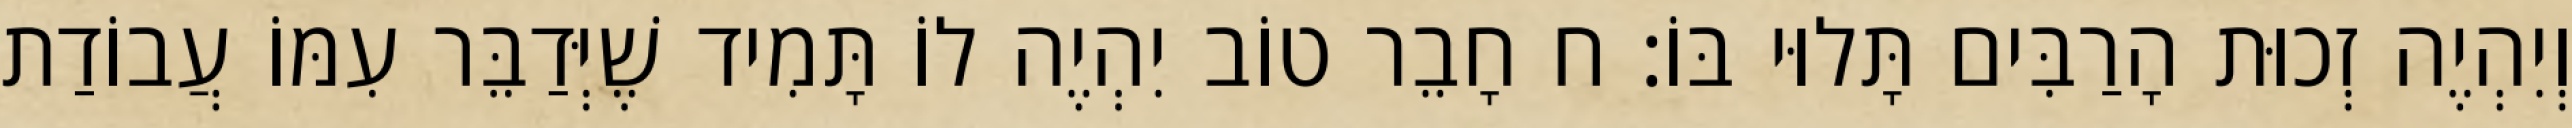
וְיִהְיֶה זְכוּת הָרַבִּים תָּלוּי בּוֹ: ח חָבֵר טוֹב יִהְיֶה לוֹ תָּמִיד שֶׁיְּדַבֵּר עִמּוֹ עֲבוֹדַת